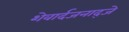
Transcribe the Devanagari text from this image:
शेवार्दजनाद्जे